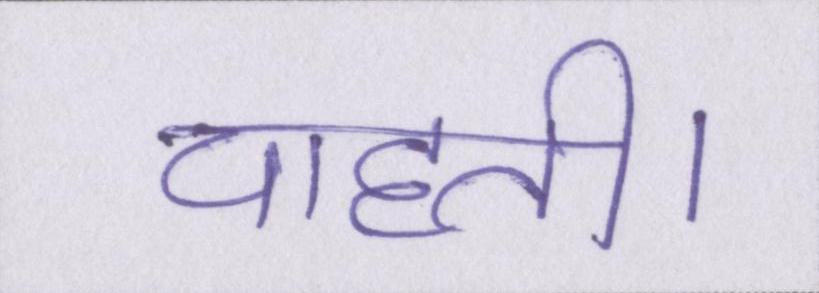
चाहती।